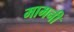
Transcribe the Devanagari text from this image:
मामनी